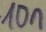
Text: 10n